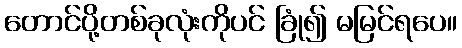
တောင်ပို့တစ်ခုလုံးကိုပင် ခြုံ၍ မမြင်ရပေ။